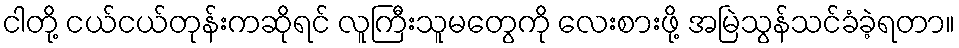
ငါတို့ ငယ်ငယ်တုန်းကဆိုရင် လူကြီးသူမတွေကို လေးစားဖို့ အမြဲသွန်သင်ခံခဲ့ရတာ။